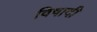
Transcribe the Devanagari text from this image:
विषादी